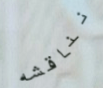
نناقشه